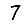
Digit: 7